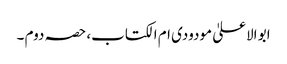
ابو الاعلیٰ مودودی ام الکتاب، حصہ دوم ۔